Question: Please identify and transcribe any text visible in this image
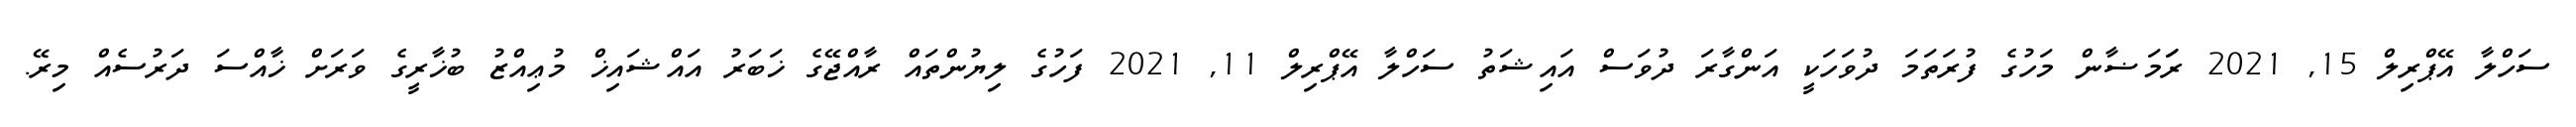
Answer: ސަހްލާ އޭޕްރިލް 15, 2021 ރަަމަޟާން މަހުގެ ފުރަތަމަ ދުވަހަކީ އަންގާރަ ދުވަސް އައިޝަތު ސަހްލާ އޭޕްރިލް 11, 2021 ފަހުގެ ލިޔުންތައް ރާއްޖޭގެ ޚަބަރު އައްޝައިޚް މުޢިއްޒު ބުޚާރީގެ ވަރަށް ޚާއްސަ ދަރުސެއް މިރޭ.